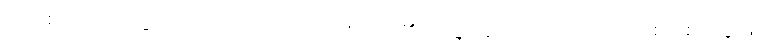
ဗော စ- ဗထက်ခြိုက်လာသည်လည်း၊ ဟောတိ- ၏။ သဗ္ဘိ ဟူသည် တည်း။ ဘေ စ၌ စသဒ္ဒါဖြင့်